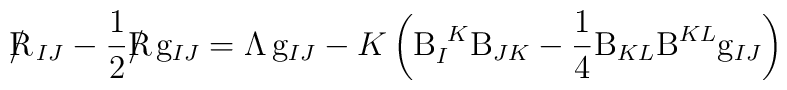
{{\rm R}\hskip-0.3cm/}\hskip0.14cm_{IJ}-{1\over2}{{\rm R}\hskip-0.3cm/}\hskip0.14cm {\rm g}_{IJ}= {\sl\Lambda}\!\  {\rm g}_{IJ}-K\left({\rm B}_I^{\ K}{\rm B}_{JK}        -{1\over4}{\rm B}_{KL}{\rm B}^{KL}{\rm g}_{IJ}\right)